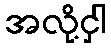
အလို့ငှါ